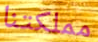
مملكتنا